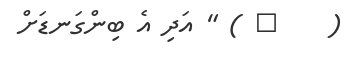
(    ٣ ) " އަދި އެ ބިންގަނޑަށް